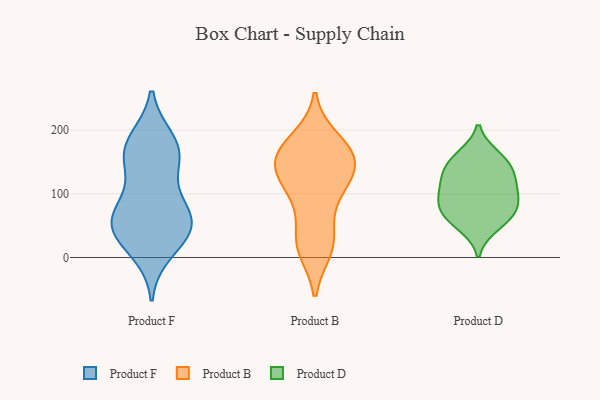
{"axis": {"x": "Demand Index", "y": "Value"}, "legend": ["Product B", "Product D", "Product F"], "data": [{"x": "", "y": 165, "type": "Product F"}, {"x": "", "y": 73, "type": "Product F"}, {"x": "", "y": 83, "type": "Product F"}, {"x": "", "y": 65, "type": "Product F"}, {"x": "", "y": 162, "type": "Product F"}, {"x": "", "y": 10, "type": "Product F"}, {"x": "", "y": 41, "type": "Product F"}, {"x": "", "y": 175, "type": "Product F"}, {"x": "", "y": 53, "type": "Product F"}, {"x": "", "y": 41, "type": "Product F"}, {"x": "", "y": 183, "type": "Product F"}, {"x": "", "y": 139, "type": "Product F"}, {"x": "", "y": 42, "type": "Product F"}, {"x": "", "y": 17, "type": "Product B"}, {"x": "", "y": 148, "type": "Product B"}, {"x": "", "y": 45, "type": "Product B"}, {"x": "", "y": 184, "type": "Product B"}, {"x": "", "y": 112, "type": "Product B"}, {"x": "", "y": 153, "type": "Product B"}, {"x": "", "y": 174, "type": "Product B"}, {"x": "", "y": 21, "type": "Product B"}, {"x": "", "y": 129, "type": "Product B"}, {"x": "", "y": 14, "type": "Product B"}, {"x": "", "y": 108, "type": "Product B"}, {"x": "", "y": 156, "type": "Product B"}, {"x": "", "y": 99, "type": "Product B"}, {"x": "", "y": 167, "type": "Product B"}, {"x": "", "y": 152, "type": "Product B"}, {"x": "", "y": 117, "type": "Product D"}, {"x": "", "y": 158, "type": "Product D"}, {"x": "", "y": 115, "type": "Product D"}, {"x": "", "y": 68, "type": "Product D"}, {"x": "", "y": 91, "type": "Product D"}, {"x": "", "y": 68, "type": "Product D"}, {"x": "", "y": 89, "type": "Product D"}, {"x": "", "y": 138, "type": "Product D"}, {"x": "", "y": 51, "type": "Product D"}, {"x": "", "y": 150, "type": "Product D"}]}